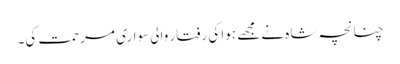
چنانچہ شاہ نے مجھے ہوا کی رفتار والی سواری مرحمت کی۔